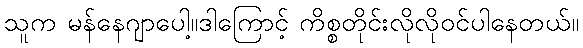
သူက မန်နေဂျာပေါ့။ဒါကြောင့် ကိစ္စတိုင်းလိုလိုဝင်ပါနေတယ်။